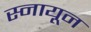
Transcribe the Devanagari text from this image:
स्नायून